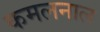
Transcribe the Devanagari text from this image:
कमलनाल